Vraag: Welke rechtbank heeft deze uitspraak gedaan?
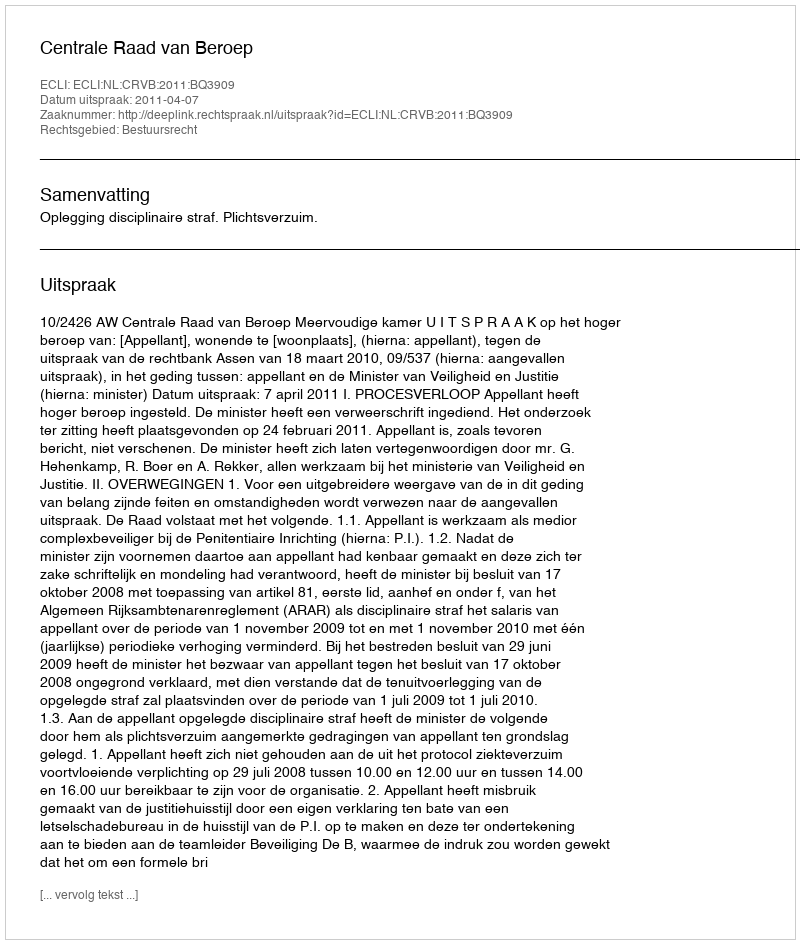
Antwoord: Centrale Raad van Beroep